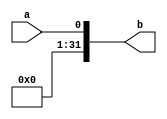
`timescale 1ns/1ps
module extend1(
    input a,
    output [31:0] b
);
    assign b = {31'b0,a};
endmodule
module extend5(
    input [4:0] a,
    output [31:0] b
);
    assign b = {27'b0,a};
endmodule
module extend8(
    input [7:0] a,
    input sign,
    output [31:0] b
);
    assign b = sign ? {{24{a[7]}},a} : {24'b0,a};
endmodule
module extend16(
    input [15:0] a,
    input sign,             //1
    output [31:0] b
);
    assign b = sign ? {{16{a[15]}},a} : {16'b0,a};
endmodule
module extend18 (
    input [15:0] a,
    output [31:0] b
);
    assign b = {{(32 - 18){a[15]}},a,2'b00};
endmodule